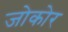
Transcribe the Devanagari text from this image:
जोकोर